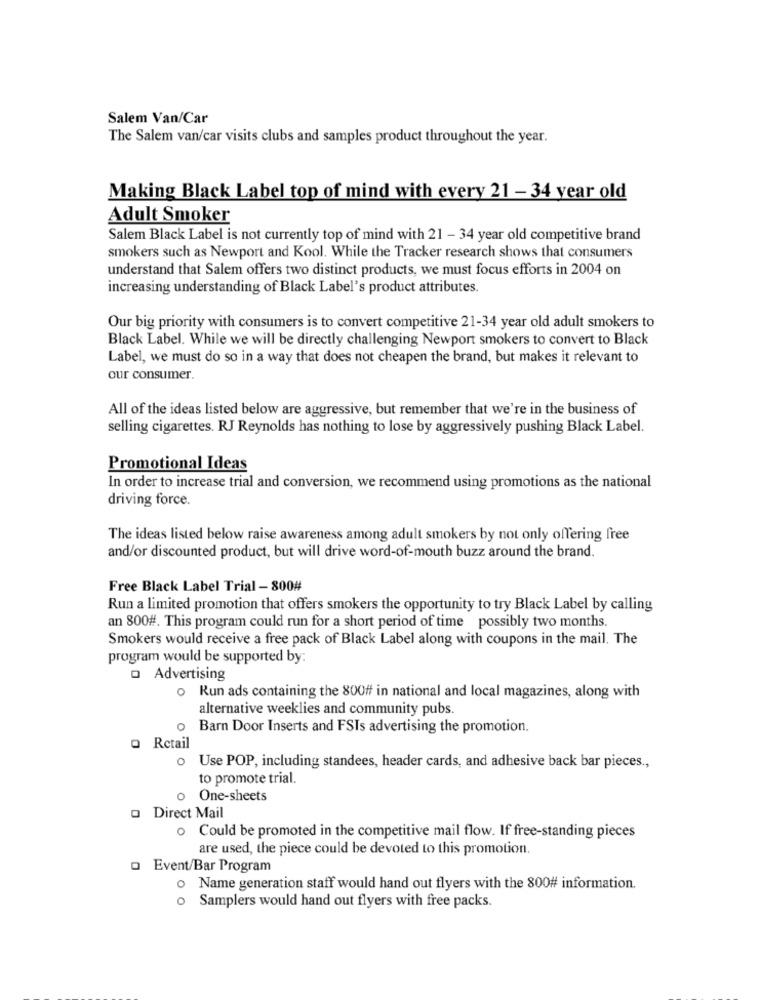
Salem Van/Car
The Salem van/car visits clubs and samples product throughout the year.
Making Black Label top of mind with every 21 - 34 year old
Adult Smoker
Salem Black Label is not currently top of mind with 21 - 34 year old competitive brand
smokers such as Newport and Kool. While the Tracker research shows that consumers
understand that Salem offers two distinct products, we must focus efforts in 2004 on
increasing understanding of Black Label's product attributes.
Our big priority with consumers is to convert competitive 21-34 year old adult smokers to
Black Label. While we will be directly challenging Newport smokers to convert to Black
Label, we must do so in a way that does not cheapen the brand, but makes it relevant to
our consumer.
All of the ideas listed below are aggressive, but remember that we're in the business of
selling cigarettes. RJ Reynolds has nothing to lose by aggressively pushing Black Label.
Promotional Ideas
In order to increase trial and conversion, we recommend using promotions as the national
driving force.
The ideas listed below raise awareness among adult smokers by not only offering free
and/or discounted product, but will drive word-of-mouth buzz around the brand.
Free Black Label Trial - 800#
Run a limited promotion that offers smokers the opportunity to try Black Label by calling
an 800#. This program could run for a short period of time possibly two months.
Smokers would receive a free pack of Black Label along with coupons in the mail. The
program would be supported by:
o Advertising
o Run ads containing the 800ff in national and local magazines, along with
alternative weeklies and community pubs.
o Barn Door Inserts and FSIs advertising the promotion.
o Retail
o Use POP, including standees, header cards, and adhesive back bar pieces .,
to promote trial.
o One-sheets
o Direct Mail
o Could be promoted in the competitive mail flow. If free-standing pieces
are used, the piece could be devoted to this promotion.
o Event/Bar Program
o Name generation staff would hand out flyers with the 800# information.
o Samplers would hand out flyers with free packs.